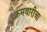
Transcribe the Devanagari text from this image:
क्रमवारीचा